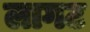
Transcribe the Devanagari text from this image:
लागट